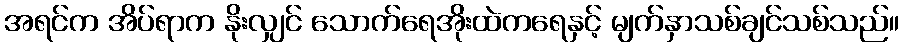
အရင်က အိပ်ရာက နိုးလျှင် သောက်ရေအိုးထဲကရေနှင့် မျက်နှာသစ်ချင်သစ်သည်။